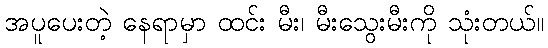
အပူပေးတဲ့ နေရာမှာ ထင်း မီး၊ မီးသွေးမီးကို သုံးတယ်။